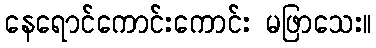
နေရောင်ကောင်းကောင်း မဖြာသေး။